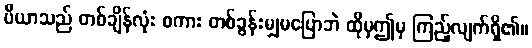
ပီယာသည် တစ်ချိန်လုံး စကား တစ်ခွန်းမျှမပြောဘဲ ထိုမှဤမှ ကြည့်လျက်ရှိ၏။